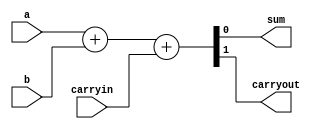
// Adder circuit
`define AND and #50
`define OR or #50
`define NOT not #50
`define XOR xor #50

module behavioralFullAdder
(
    output sum, 
    output carryout,
    input a, 
    input b, 
    input carryin
);
    // Uses concatenation operator and built-in '+'
    assign {carryout, sum}=a+b+carryin;
endmodule


module structuralFullAdder
(
    output sum, 
    output carryout,
    input a, 
    input b, 
    input carryin
);
    wire out1,out2,out3;

    `XOR xor1(out1,a,b);
    `XOR xor2(sum,out1,carryin);

    `AND and1(out2,out1,carryin);
    `AND and2(out3,a,b);

    `OR or1(carryout,out2,out3);

endmodule